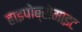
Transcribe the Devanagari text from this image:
हाइपोब्रोमाइट